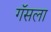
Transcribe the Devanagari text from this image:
गॅसला